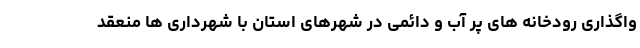
واگذاری رودخانه های پر آب و دائمی در شهرهای استان با شهرداری ها منعقد